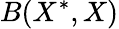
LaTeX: B(X^{\ast},X)